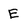
Character: E